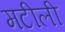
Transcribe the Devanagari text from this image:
मटीली